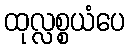
ထုလ္လစ္စယံပေ